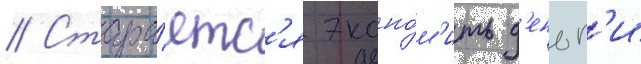
// Стара́етс'я эконо́м'ить д'еньг'и